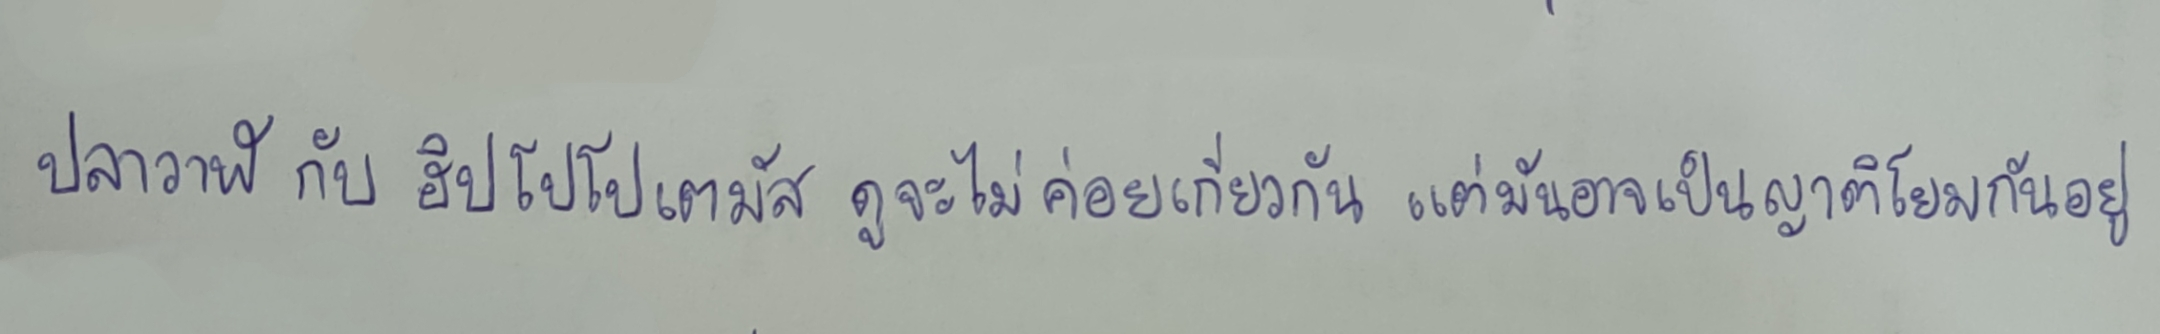
ปลาวาฬ กับ ฮิปโปโปเตมัส ดูจะไม่ค่่อยเกี่ยวกัน แต่มันอาจเป็นญาติโยมกันอยู่